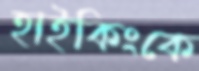
হাইকিংকে